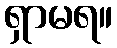
ရှာမရ။